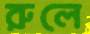
রুলে